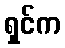
ရှင်က